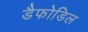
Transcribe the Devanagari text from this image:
डैफोडिल